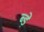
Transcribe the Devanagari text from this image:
ब्ड़े